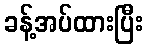
ခန့်အပ်ထားပြီး